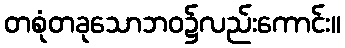
တစုံတခုသောဘဝ၌လည်းကောင်း။